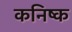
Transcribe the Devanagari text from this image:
कनिष्‍क